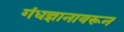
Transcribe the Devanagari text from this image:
गंधज्ञानावरून